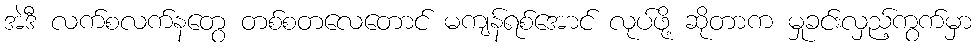
အဲဒီ လက်စလက်နတွေ တစ်စတလေတောင် မကျန်ရစ်အောင် လုပ်ဖို့ ဆိုတာက မှုခင်းလှည့်ကွက်မှာ